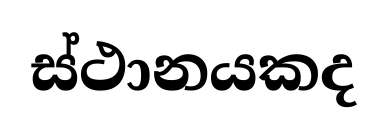
ස්ථානයකද